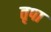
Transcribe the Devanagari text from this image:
तृपा